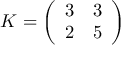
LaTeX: K = { \left( \begin{array} { l l } { 3 } & { 3 } \\ { 2 } & { 5 } \end{array} \right) }